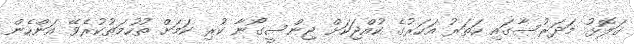
ގަލޮޅު މަދަރުސާގައި ހަތަރު އަހަރުގެ ކުއްޖަކަށް ޖިންސީގޯނާ ކުރި ކަމަށް ތުހުމަތުކުރެވޭ އަންހެން